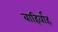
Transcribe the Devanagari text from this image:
बाहिर्वाह